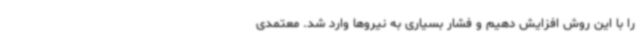
را با این روش افزایش دهیم و فشار بسیاری به نیروها وارد شد. معتمدی